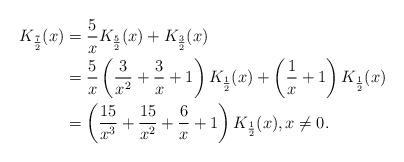
LaTeX: \begin{align*} K_{\frac72}(x)&= \frac{5}{x}K_{\frac52}(x)+K_{\frac32} (x)\\&= \frac{5}{x} \left( \frac{3}{x^2}+\frac{3}{x}+1 \right)K_{\frac{1}{2}}(x) +\left(\frac{1}{x}+1 \right)K_{\frac12}(x) \\ &= \left( \frac{15}{x^3}+\frac{15}{x^2}+\frac{6}{x}+1 \right) K_{\frac12}(x), x \neq 0. \end{align*}